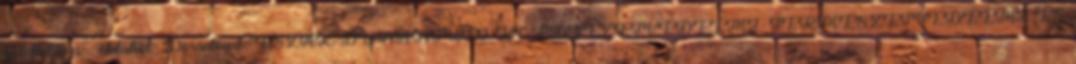
kezdődik a . oldaltól: Download "ÉSZAK-DUNÁNTÚLI KÖRNYEZETVÉDELMI, TERMÉSZETVÉDELMI ÉS